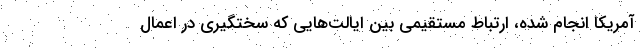
آمریکا انجام شده، ارتباط مستقیمی بین ایالت‌هایی که سختگیری در اعمال